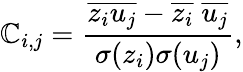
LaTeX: \mathbb{C}_{i,j}=\frac{{\overline{{{z_{i}u_{j}}}}-\overline{{{z_{i}}}}\; \overline{{{u_{j}}}}}}{{\sigma(z_{i})\sigma(u_{j})}},